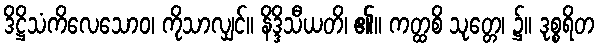
ဒိဋ္ဌိသံကိလေသောဝ၊ ကိုသာလျှင်။ နိဒ္ဒိသီယတိ၊ ၏။ ကတ္ထစိ သုတ္တေ၊ ၌။ ဒုစ္စရိတ